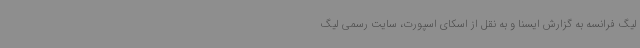
لیگ فرانسه به گزارش ایسنا و به نقل از اسکای اسپورت، سایت رسمی لیگ